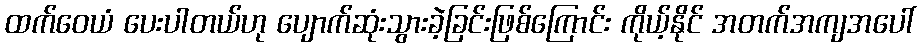
ထက်ဝေယံ ပေးပါတယ်ဟု ပျောက်ဆုံးသွားခဲ့ခြင်းဖြစ်ကြောင်း ကိုယ့်နိုင် အတက်အကျအပေါ်